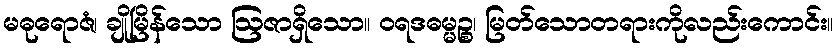
မဓုရောဇံ၊ ချိုမြိန်သော ဩဇာရှိသော။ ဝရဒဓမ္မဉ္စ၊ မြတ်သောတရားကိုလည်းကောင်း။